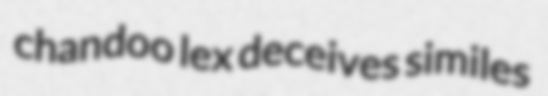
chandoo lex deceives similes